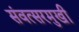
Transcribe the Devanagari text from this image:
संवत्सरमुखी